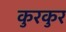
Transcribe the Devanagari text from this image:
कुरकुर